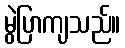
မွဲပြာကျသည်။